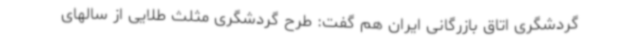
گردشگری اتاق بازرگانی ایران هم گفت: طرح گردشگری مثلث طلایی از سالهای